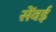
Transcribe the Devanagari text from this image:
सेंवई